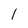
Character: l